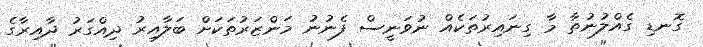
ގޮނޑި ގެއްލުނުތާ މާ ގިނައިރުތަކެއް ނުވަނީސް ފެނުނު މަންޒަރުތަކަށް ބަލާއިރު ދިއްގަރު ދާއިރާގެ